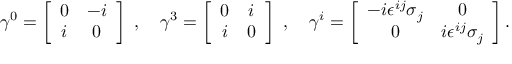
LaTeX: \gamma ^ { 0 } = \left[ \begin{array} { c c } { { 0 } } & { { - i } } \\ { { i } } & { { 0 } } \end{array} \right] ~ , ~ ~ ~ \gamma ^ { 3 } = \left[ \begin{array} { c c } { { 0 } } & { { i } } \\ { { i } } & { { 0 } } \end{array} \right] ~ , ~ ~ ~ \gamma ^ { i } = \left[ \begin{array} { c c } { { - i \epsilon ^ { i j } \sigma _ { j } } } & { { 0 } } \\ { { 0 } } & { { i \epsilon ^ { i j } \sigma _ { j } } } \end{array} \right] .